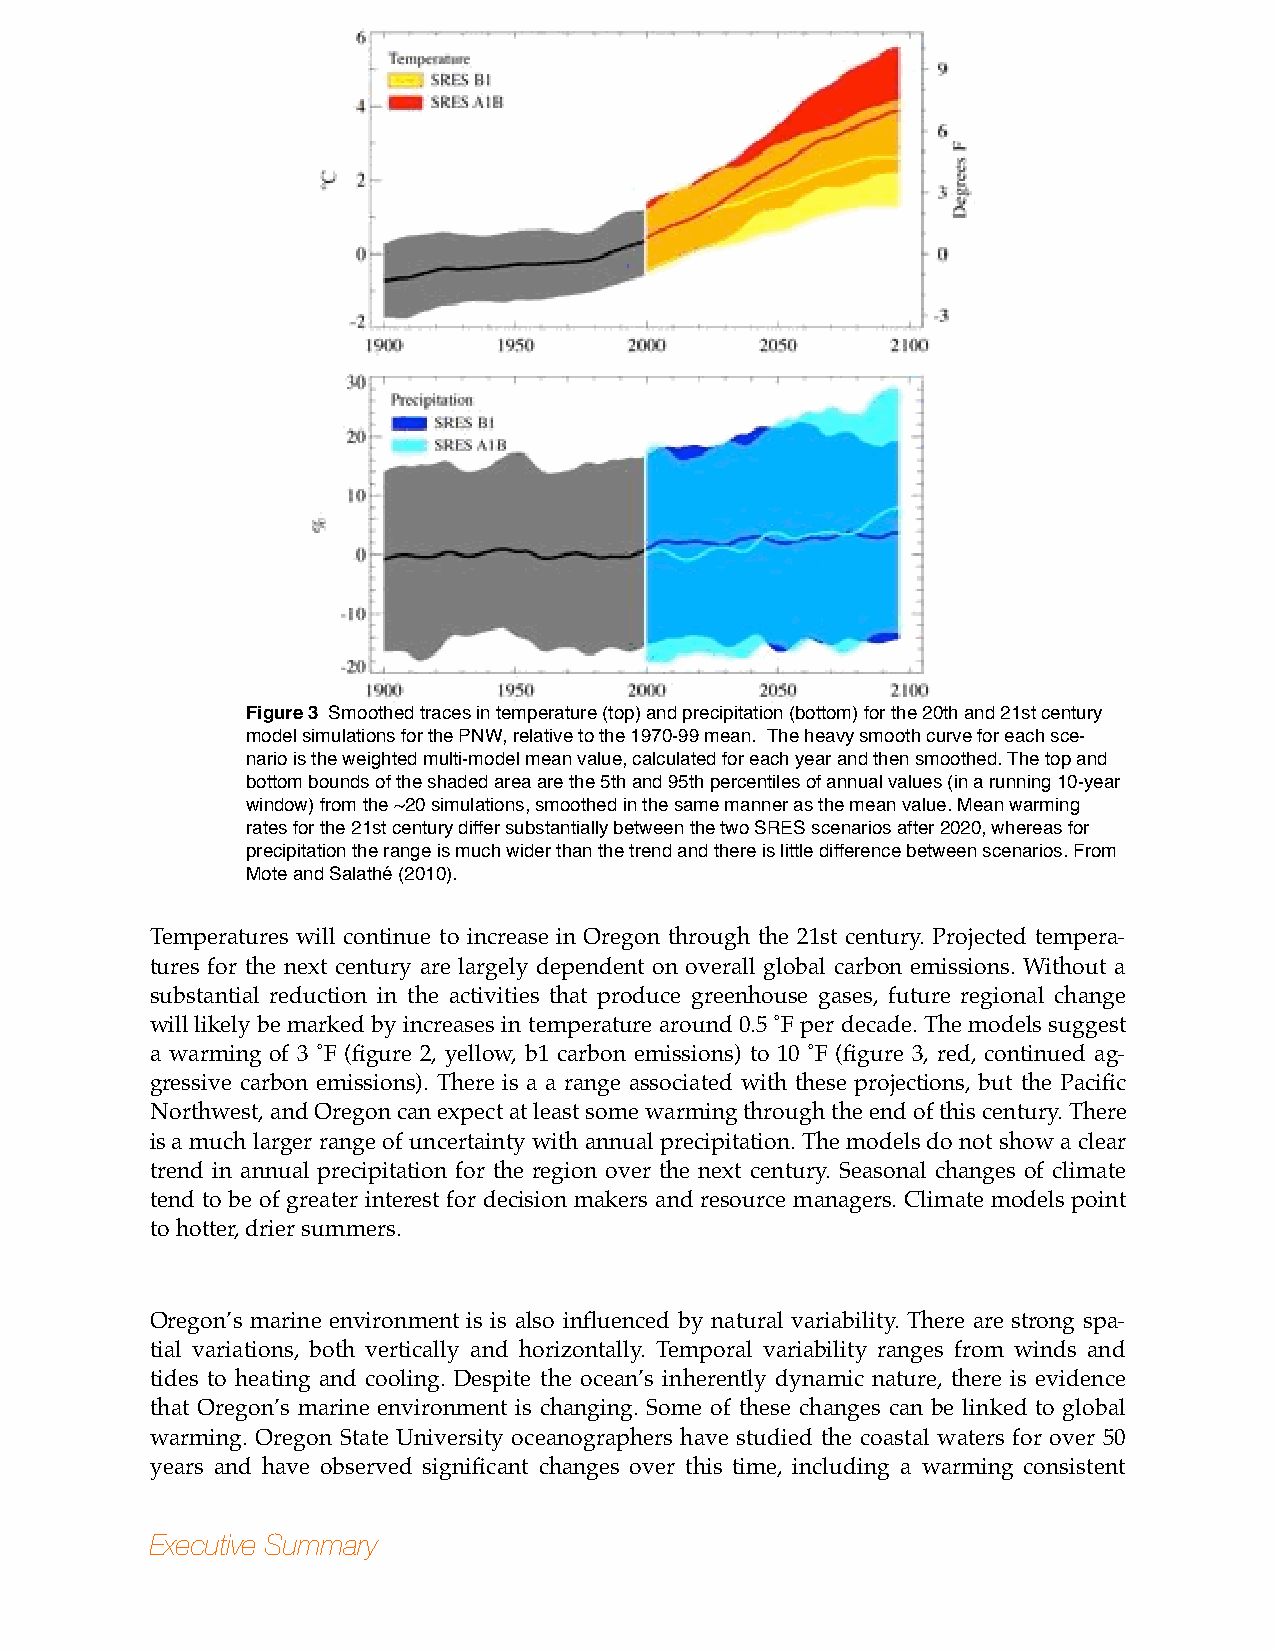
Figure 3 Smoothed traces in temperature (top) and precipitation (bottom) for the 20th and 21st century
 model simulations for the PNW, relative to the 1970-99 mean. The heavy smooth curve for each sce-
 nario is the weighted multi-model mean value, calculated for each year and then smoothed. The top and
 bottom bounds of the shaded area are the 5th and 95th percentiles of annual values (in a running 10-year
 window) from the ~20 simulations, smoothed in the same manner as the mean value. Mean warming
 rates for the 21st century differ substantially between the two SRES scenarios after 2020, whereas for
 precipitation the range is much wider than the trend and there is little difference between scenarios. From
 Mote and Salathé (2010).
 Temperatures will continue to increase in Oregon through the 21st century. Projected tempera-
 tures for the next century are largely dependent on overall global carbon emissions. Without a
 substantial reduction in the activities that produce greenhouse gases, future regional change
 will likely be marked by increases in temperature around 0.5 ˚F per decade. The models suggest
 a warming of 3 ˚F (figure 2, yellow, b1 carbon emissions) to 10 ˚F (figure 3, red, continued ag-
 gressive carbon emissions). There is a a range associated with these projections, but the Pacific
 Northwest, and Oregon can expect at least some warming through the end of this century. There
 is a much larger range of uncertainty with annual precipitation. The models do not show a clear
 trend in annual precipitation for the region over the next century. Seasonal changes of climate
 tend to be of greater interest for decision makers and resource managers. Climate models point
 to hotter, drier summers.
 Oregon’s marine environment is is also influenced by natural variability. There are strong spa-
 tial variations, both vertically and horizontally. Temporal variability ranges from winds and
 tides to heating and cooling. Despite the ocean’s inherently dynamic nature, there is evidence
 that Oregon’s marine environment is changing. Some of these changes can be linked to global
 warming. Oregon State University oceanographers have studied the coastal waters for over 50
 years and have observed significant changes over this time, including a warming consistent
 Executive Summary